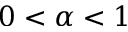
0 < \alpha < 1